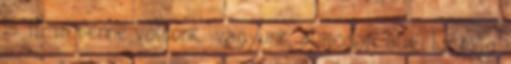
Is. Mi is benne voltunk vagyunk, alaposan. alib: Ez még